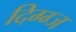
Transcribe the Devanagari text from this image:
दिग्ग्ज